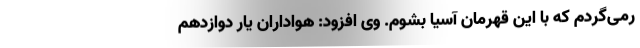
رمی‌گردم که با این قهرمان آسیا بشوم. وی افزود: هواداران یار دوازدهم